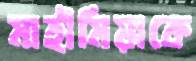
মাহীমিয়াকে